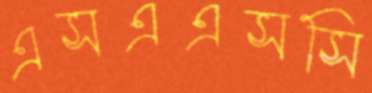
এসএএসসি